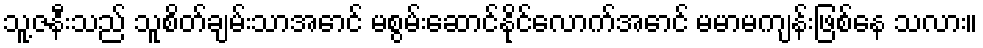
သူ့ဇနီးသည် သူစိတ်ချမ်းသာအောင် မစွမ်းဆောင်နိုင်လောက်အောင် မမာမကျန်းဖြစ်နေ သလား။